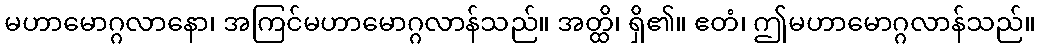
မဟာမောဂ္ဂလာနော၊ အကြင်မဟာမောဂ္ဂလာန်သည်။ အတ္ထိ၊ ရှိ၏။ ဧတံ၊ ဤမဟာမောဂ္ဂလာန်သည်။